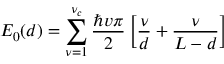
E _ { 0 } ( d ) = \sum _ { \nu = 1 } ^ { \nu _ { c } } \frac { \hbar v \pi } { 2 } \left[ \frac { \nu } { d } + \frac { \nu } { L - d } \right]